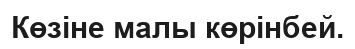
Көзіне малы көрінбей.